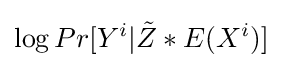
\log Pr[Y^{i}|{\tilde {Z}}\ast E(X^{i})]